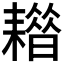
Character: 𦔡